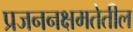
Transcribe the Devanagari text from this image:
प्रजननक्षमतेतील